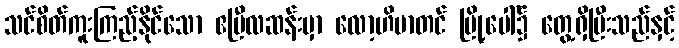
သင်စိတ်ကူးကြည့်နိုင်သော ဧပြီလဆန်းမှာ လော့ဟိမာတင် မြို့ပေါ်၌ တွေ့ရှိပြီးသည်နှင့်